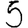
Digit: 5